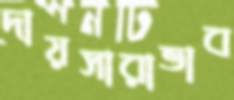
দায়সারাভাব